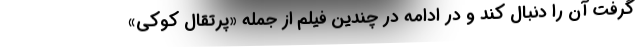
گرفت آن را دنبال کند و در ادامه در چندین فیلم از جمله «پرتقال کوکی»